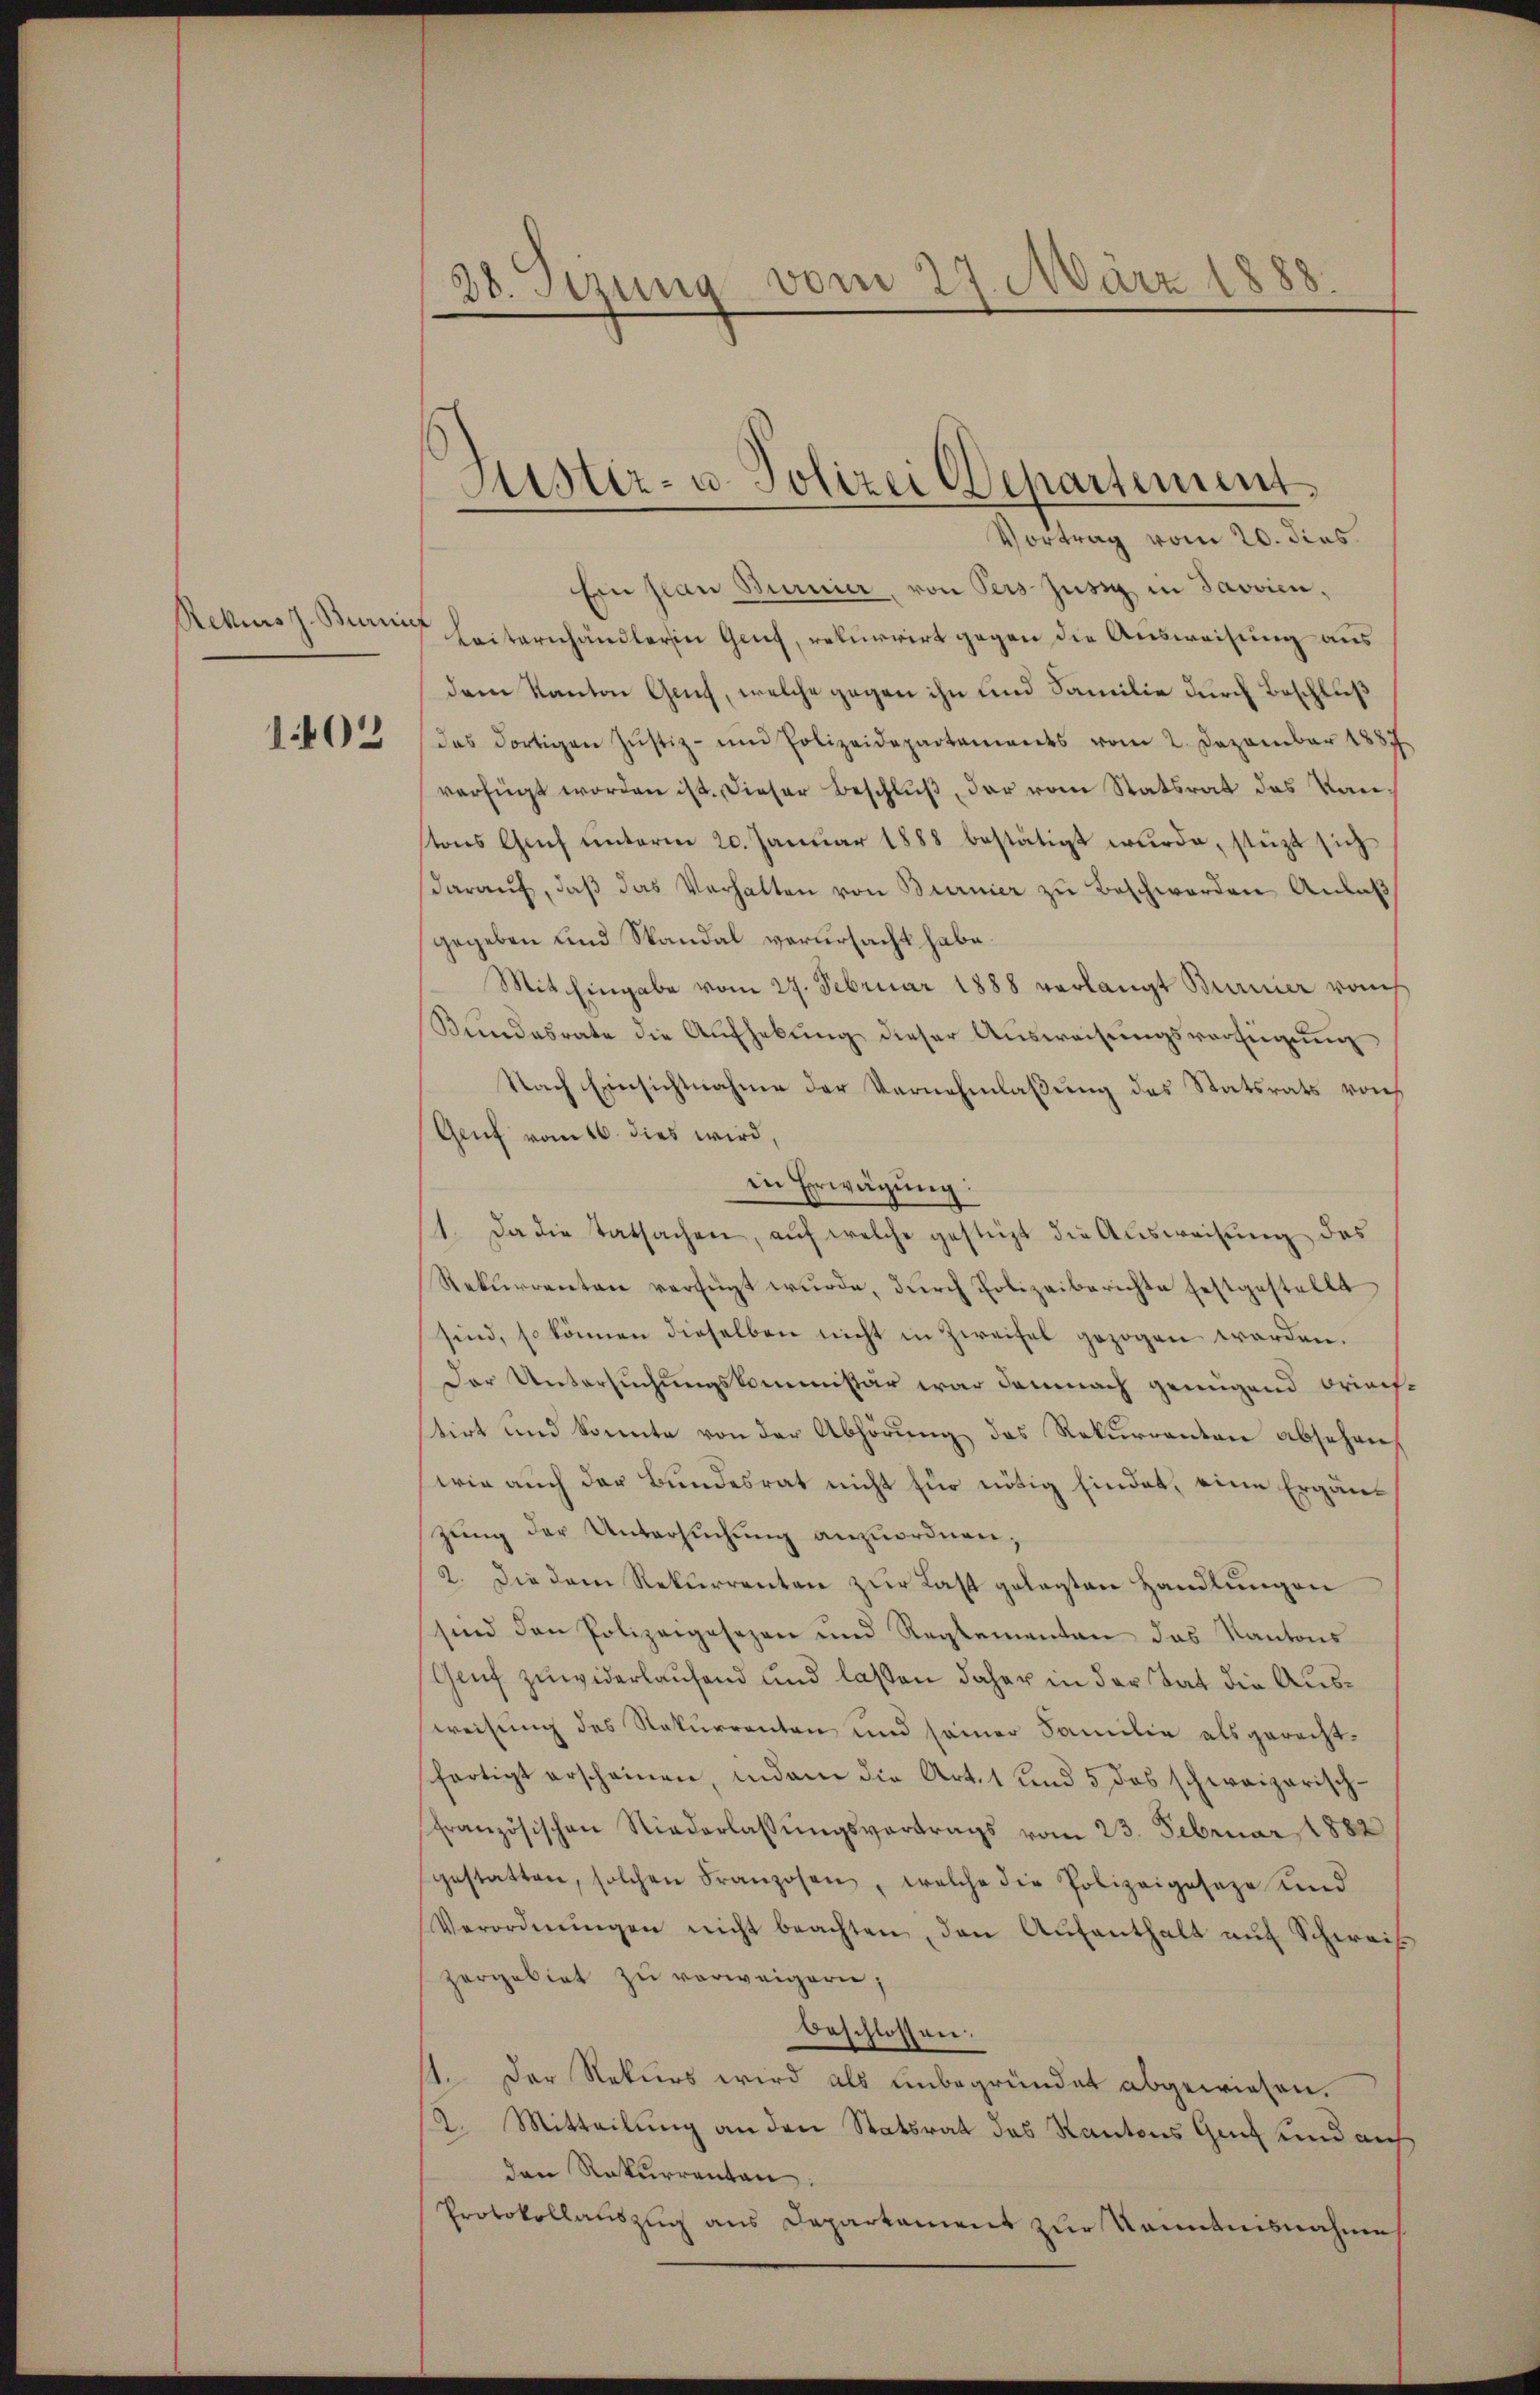
Rekurs z. Burnis

1402

38. Setzung vom 27. März 1888.

Aster- u. Polizei Departement.
Vortrag vom 20. dies

Ein pian Burrier, von Pers Jüsig in Javvien,
Leiternhändlerin Genf, rekurrirt gegen die Ausweisung aus
dem Kanton Genf, welche gegen ihn und Familie durch Beschluß
das dortigen Jŭstiz- ŭm Polizeidepartements vom 2. Dezember 1887
verfügt worden ist. Dieser Beschlŭβ der vom Statsrat das Kan-
tons Genf unterm 20. Januar 1888 bestätigt wurde, stützt sich
daraŭf, daβ das Verhalten von Burnier zu Beschwerden Anlaß
gegeben und Standal verursacht habe.
Mit Eingabe vom 27. Februar 1888 verlangt Burner rauch
Bundesrate die Aufhebung dieser Ausweisungsverfügung
Nach Einsichtnahme der Vernehmlassung des Statsrats von
Genf vom 16. dies wird,
in Erwägŭng:
1. Da die tatsachen, aŭf welche gestützt die Aŭsweisung des
Rekurrenten verfügt wurde, durch Polizeiberichte festgestellt
sind, so können dieselben nicht in Zweifel gezogen werden.
Der Untersuchungskommissär war demnach genügend Briechstirt und konnte von der Abhörung des Rekurrenten absehen,
wie auch der Bundesrat nicht für nötig findet, eine Ergänzung der Untersuchung anzuordnen;
2. Die dem Rekurrenten zur Last gelegten Handlungen
sind den Polizeigesezen und Reglementen das Kantons
Genf zuwiderlaufend und lassen daher in der tat die Ausweisung des Rekurrenten und seiner Familie als gerechtfartigt erscheinen, indem die Art. 1 und 5 das schweizerisch-
französischen Niederlassŭngsvertrags vom 23. Februar 1882
gestatten, solchen Franzosen, welche die Polizeigeseze und
Verordnŭngen nicht beachten, den Aŭfenthalt aŭf Schweis
zergebiet zu verweigern;
beschlossen:
¬
Der Rekurs wird als unbegründet abgewiesen.
2. Mitteilung an den Statsrat des Kantons Gut und auf
den Rekurrenten.
Protokollauszug aus Departament zur Kenntnisnahme